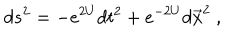
LaTeX: d s ^ { 2 } = - e ^ { 2 U } d t ^ { 2 } + e ^ { - 2 U } d \vec { x } ^ { 2 } \ ,